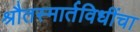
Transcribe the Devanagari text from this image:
श्रौतस्मार्तविधींचा